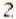
2